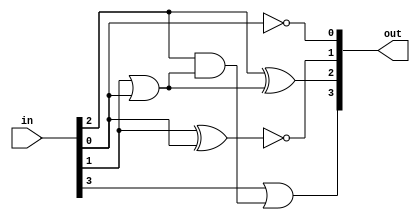
/*module bcd_to_excess3(A, B, C, D, w, x, y, z);
	
	input A, B, C, D;
	output w, x, y, z;

	wire c_or_d, b_and_cord;

	// w = A + B(C+D)
	or(c_or_d, C, D);
	and(b_and_cord, B, c_or_d);
	or(w, A, b_and_cord);

	// x = B Ex-OR (C + D)
	xor(x, B, c_or_d);

	// y = C Ex_NOR D
	xnor(y, C, D);

	// z = ~D
	not(z, D);

endmodule*/

module bcd_to_excess3(in, out);
	
	input [3:0]in;
	output [3:0]out;

	wire c_or_d, b_and_cord;

	// w = A + B(C+D) => MSB => w = out[3]
	or(c_or_d, in[1], in[0]);
	and(b_and_cord, in[2], c_or_d);
	or(out[3], in[3], b_and_cord);

	// x = B Ex-OR (C + D)
	xor(out[2], in[2], c_or_d);

	// y = C Ex_NOR D
	xnor(out[1], in[1], in[0]);

	// z = ~D => LSB
	not(out[0], in[0]);

endmodule

module bcd_to_excess3_tb;

	reg [3:0]inp;
	wire [3:0]outp;

	bcd_to_excess3 b_e3_1(.in(inp), .out(outp));

	initial begin
		inp = 4'b0000; #50;
		inp = 4'b0001; #50;
		inp = 4'b0010; #50;
		inp = 4'b0011; #50;
		inp = 4'b0100; #50;
		inp = 4'b0101; #50;
		inp = 4'b0110; #50;
		inp = 4'b0111; #50;
		inp = 4'b1000; #50;
		inp = 4'b1001; #50;
	end

endmodule